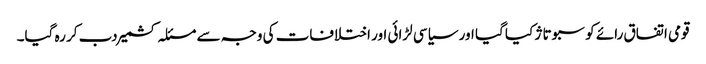
قومی اتفاق رائے کو سبوتاژ کیا گیا اور سیاسی لڑائی اور اختلافات کی وجہ سے مسئلہ کشمیر دب کر رہ گیا۔